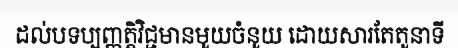
ដល់បទប្បញ្ញត្តិវិជ្ជមានមួយចំនួយ ដោយសារតែតួនាទី